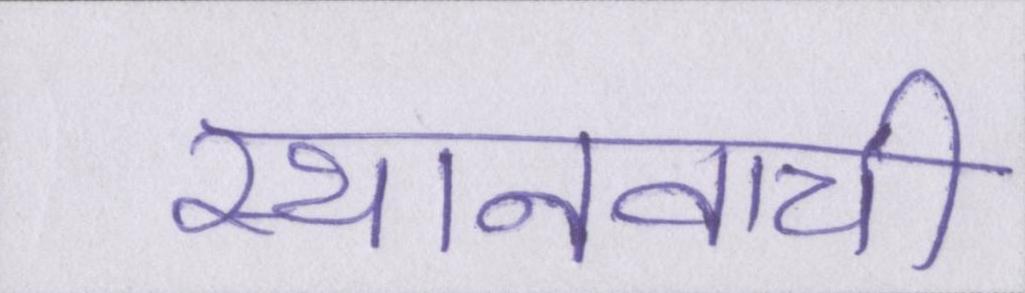
स्थानवाची